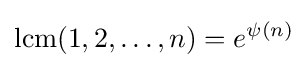
\operatorname {lcm} (1,2,\dots ,n)=e^{\psi (n)}